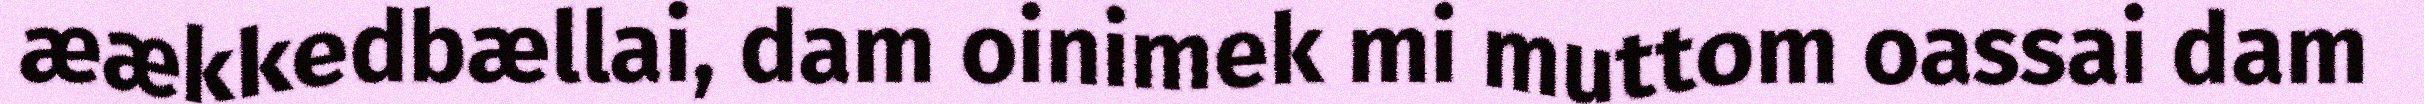
æækkedbællai, dam oinimek mi muttom oassai dam